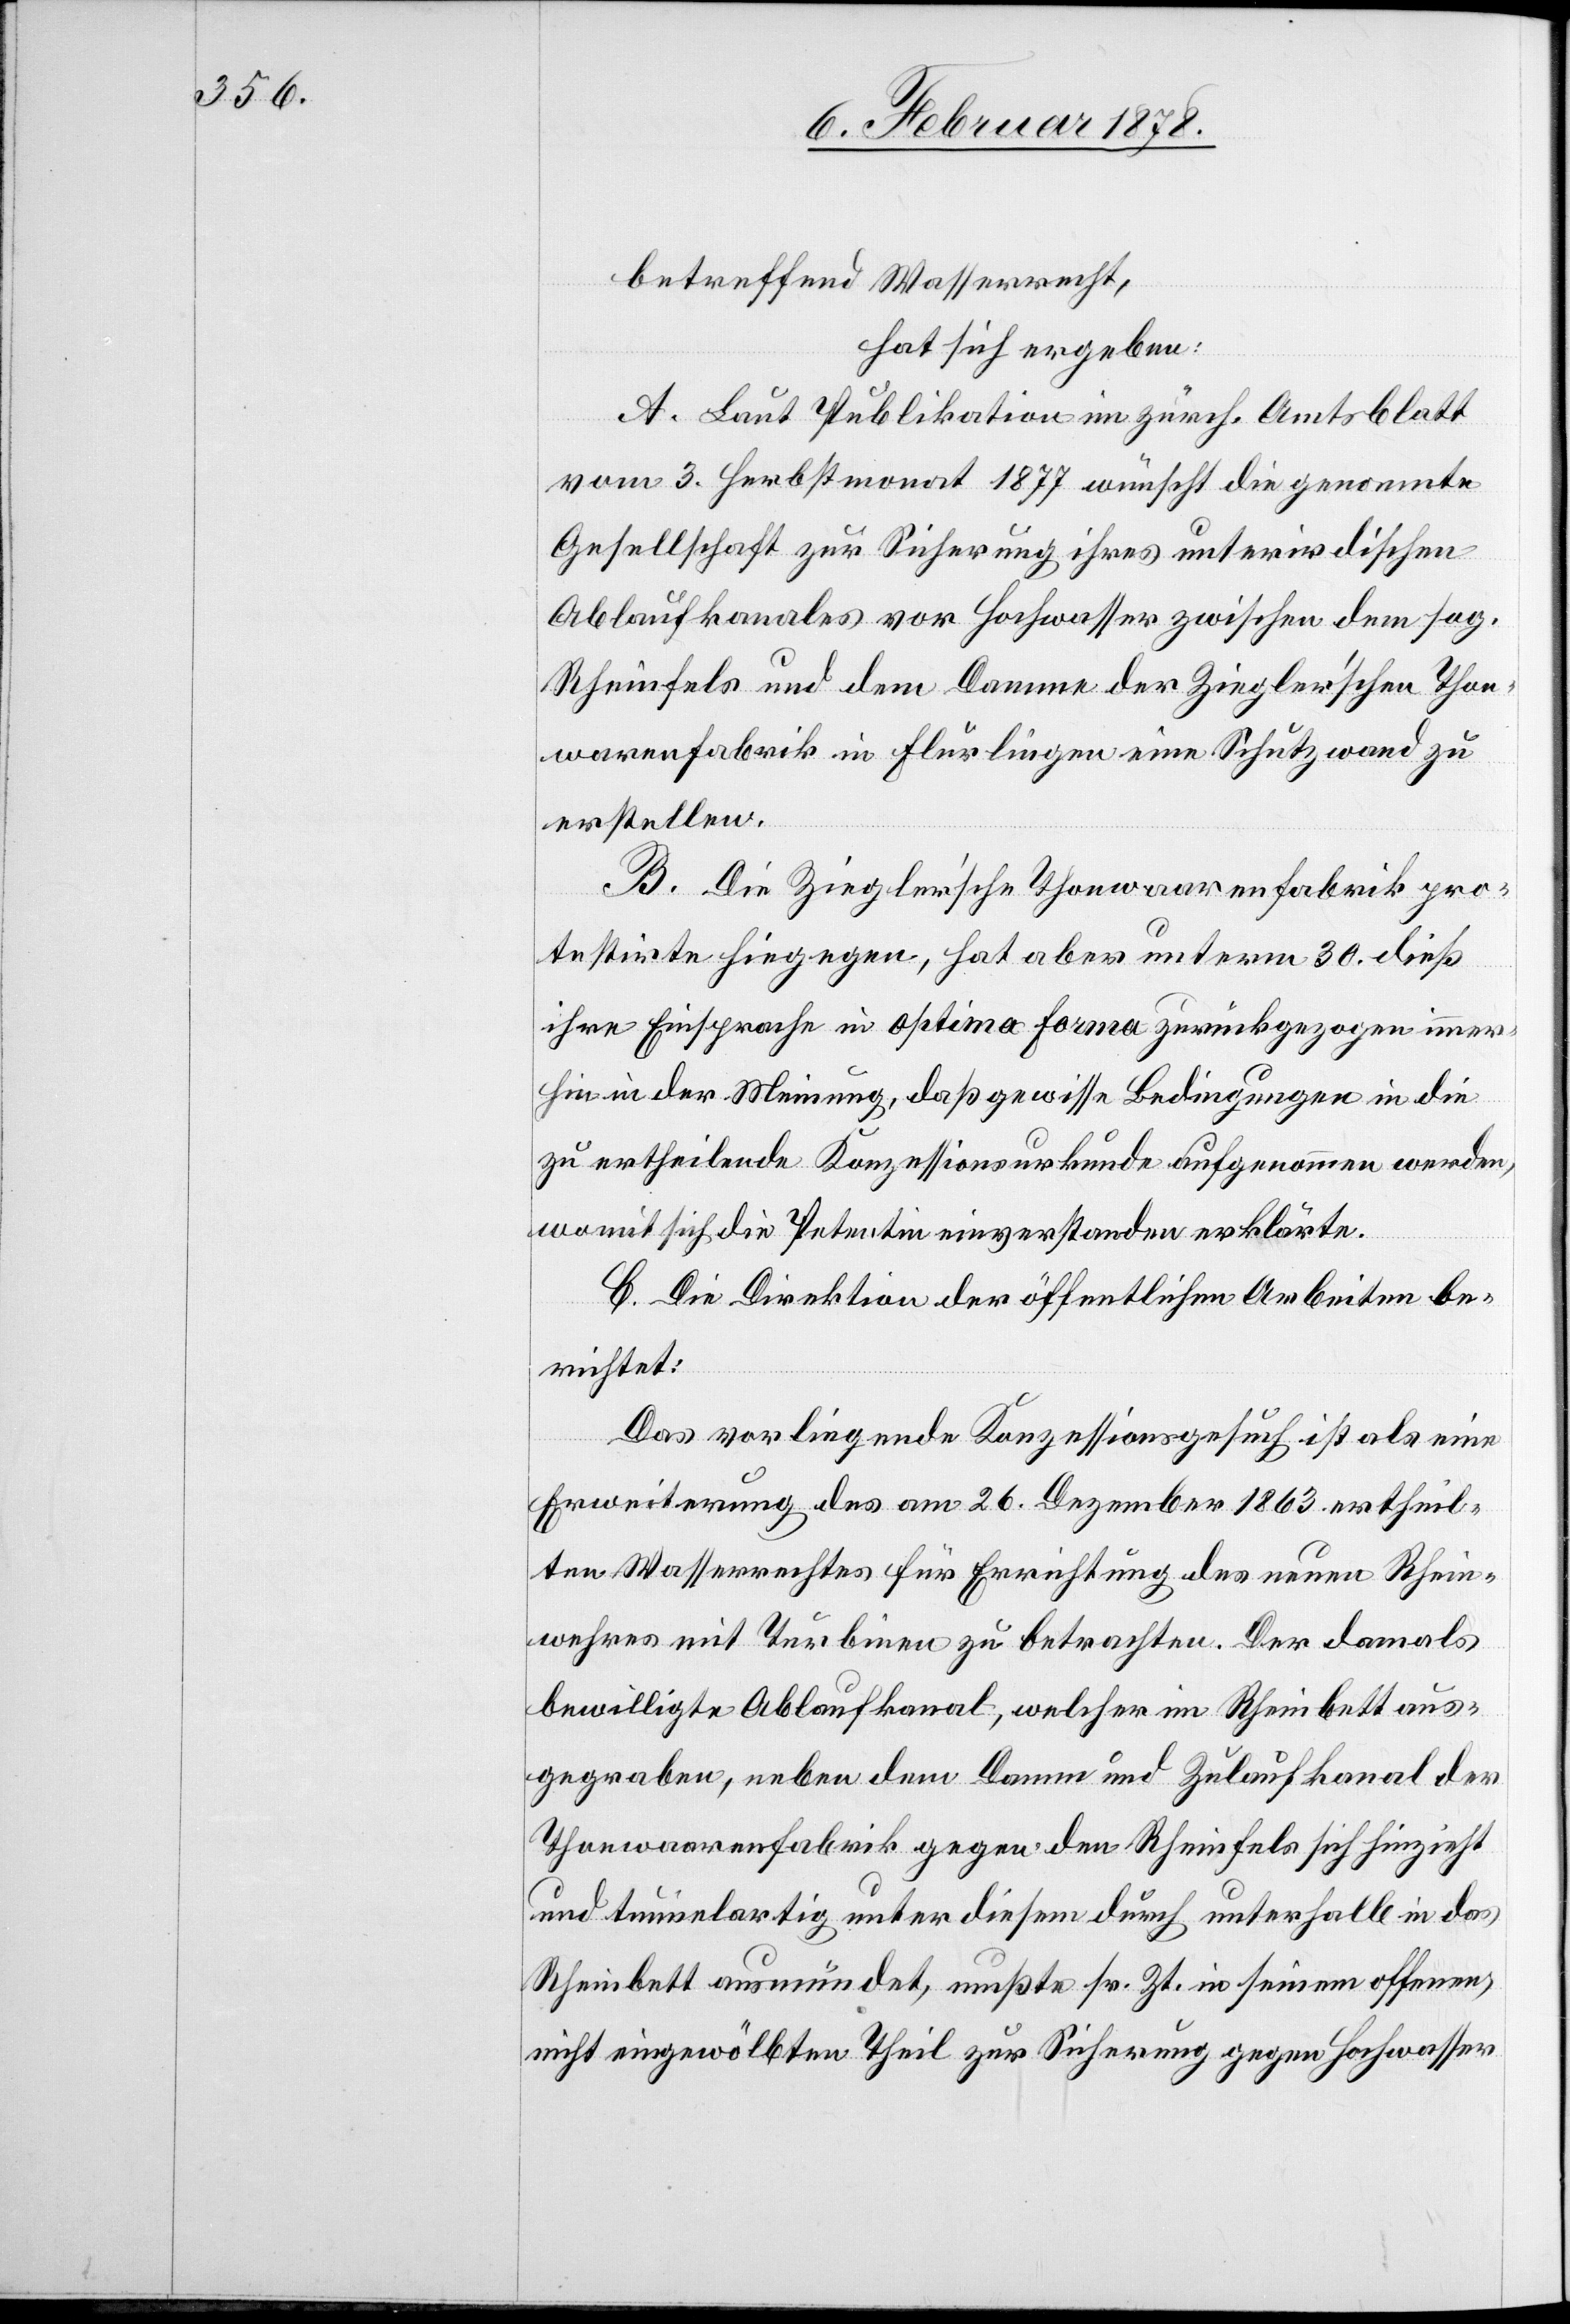
betreffend Wasserrecht,
hat sich ergeben:
A. Laut Publikation im zürch. Amtsblatt
vom 3. Herbstmonat 1877 wünscht die genannte
Gesellschaft zur Sicherung ihres unterirdischen
Ablaufkanales vor Hochwasser zwischen dem sog.
Rheinfels und dem Damme der Ziegler’schen Thon¬
warenfabrik in Flurlingen eine Schutzwand zu
erstellen.
B. Die Ziegler’sche Thonwaarenfabrik pro¬
testirte hiegegen, hat aber unterm 30. dieß
ihre Einsprache in optima forma zurückgezogen immer¬
hin in der Meinung, daß gewisse Bedingungen in die
zu ertheilende Konzessionsurkunde aufgenommen werden,
womit sich die Petentin einverstanden erklärte.
C. Die Direktion der öffentlichen Arbeiten be¬
richtet:
Das vorliegende Konzessionsgesuch ist als E¬
rweiterung des am 26. Dezember 1863 ertheil¬
ten Wasserrechtes für Errichtung des neuen Rhein¬
wehres mit Turbinen zu betrachten. Der damals
bewilligte Ablaufkanal, welcher im Rheinbett aus¬
gegraben, neben dem Damm und Zulaufkanal der
Thonwaarenfabrik gegen den Rheinfels sich hinzieht
und tunnelartig unter diesen durch unterhalb in das
Rheinbett ausmündet, mußte sr. Zt. in seinem offenen,
nicht eingewölbten Theil zur Sicherung gegen Hochwasser